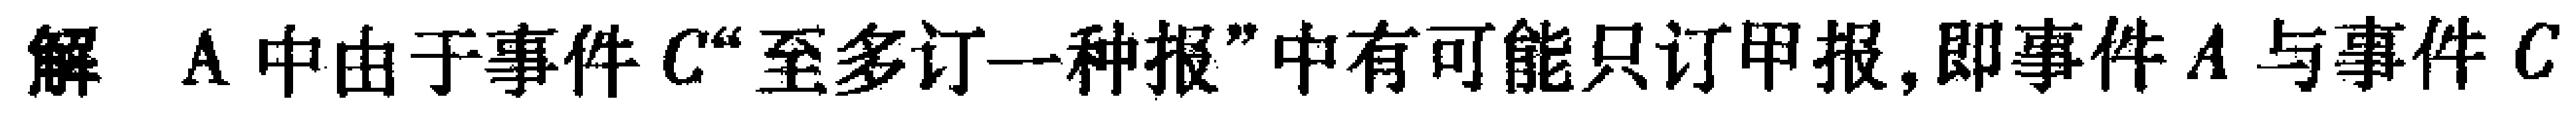
解 A中由于事件\(C\)“至多订一种报”中有可能只订甲报,即事件\(A\)与事件\(C\)